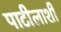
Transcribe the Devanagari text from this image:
पाटीलाशी